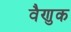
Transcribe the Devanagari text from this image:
वैणुक